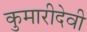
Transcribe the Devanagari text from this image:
कुमारीदेवी